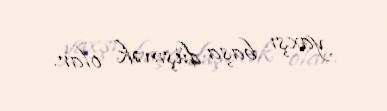
yaxşı başa düşmək olar.